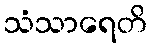
သံသာရေတိ